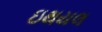
ઇથયલ